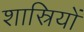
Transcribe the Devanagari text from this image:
शास्रियों